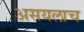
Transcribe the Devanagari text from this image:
असयलाच